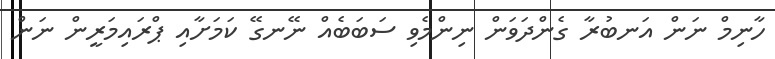
ހާނިމް ނަން އަނބުރާ ގެންދަވަން ނިންމެވި ސަބަބެއް ނޭނގޭ ކަމަށާއި ޕްރައިމަރީން ނަން